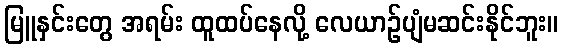
မြူနှင်းတွေ အရမ်း ထူထပ်နေလို့ လေယာဉ်ပျံမဆင်းနိုင်ဘူး။